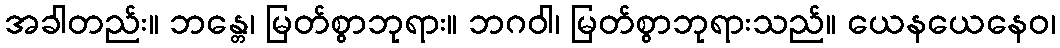
အခါတည်း။ ဘန္တေ၊ မြတ်စွာဘုရား။ ဘဂဝါ၊ မြတ်စွာဘုရားသည်။ ယေနယေနေဝ၊